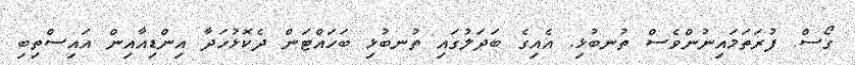
ގޯސް. ފުރަތަމައިނުންވެސް ތުނބުޅި. އެއިގެ ބަދަލުގައި ތުނބުޅި ބަހައްޓަން ދެކޮޅުހަދާ އިންޑިއާއިން އައިސްތިބި